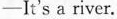
-It's a river.